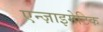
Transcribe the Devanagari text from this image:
एन्ज़ाइमेटिक